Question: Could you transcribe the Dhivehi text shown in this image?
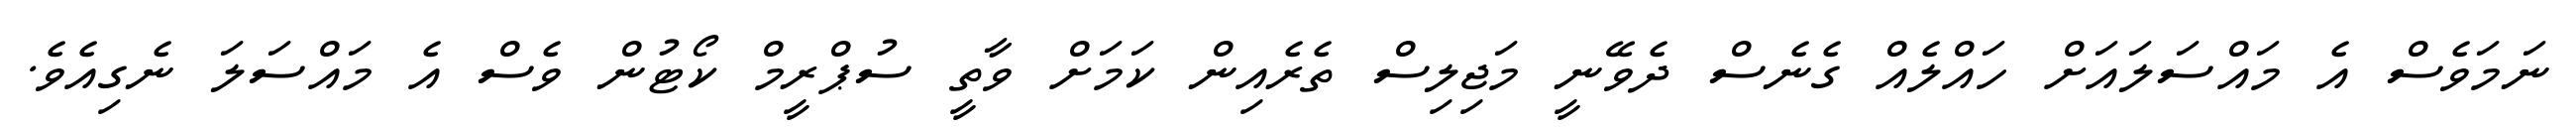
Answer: ނަމަވެސް އެ މައްސަލައަށް ހައްލެއް ގެނެސް ދެވޭނީ މަޖިލިސް ތެރެއިން ކަމަށް ވާތީ ސުޕްރީމް ކޯޓުން ވެސް އެ މައްސަލަ ނެގިއެވެ.